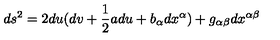
d s ^ { 2 } = 2 d u ( d v + \frac { 1 } { 2 } a d u + b _ { \alpha } d x ^ { \alpha } ) + g _ { \alpha \beta } d x ^ { \alpha \beta }